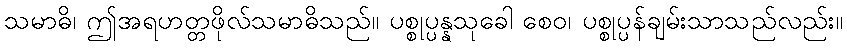
သမာဓိ၊ ဤအရဟတ္တဖိုလ်သမာဓိသည်။ ပစ္စုပ္ပန္နသုခေါ စေဝ၊ ပစ္စုပ္ပန်ချမ်းသာသည်လည်း။